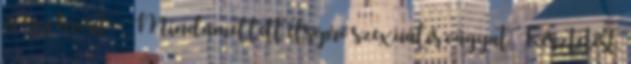
is egy kicsit. - Mindamellett elsöprő szexuális vágyat. Késztetést,